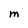
Character: M